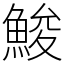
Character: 鮻